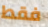
فقط